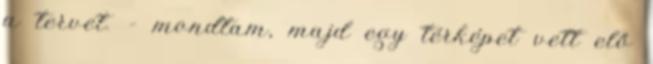
a tervet. – mondtam, majd egy térképet vett elő